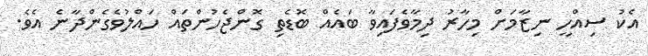
އެކު ސިއްހީ ނިޒާމަށް މިހާރު ދިމާވެފައިވާ ބައެއް ބޮޑެތި ގޮންޖެހުންތައް ހައްލުވެގެންދާނެ އެވެ.